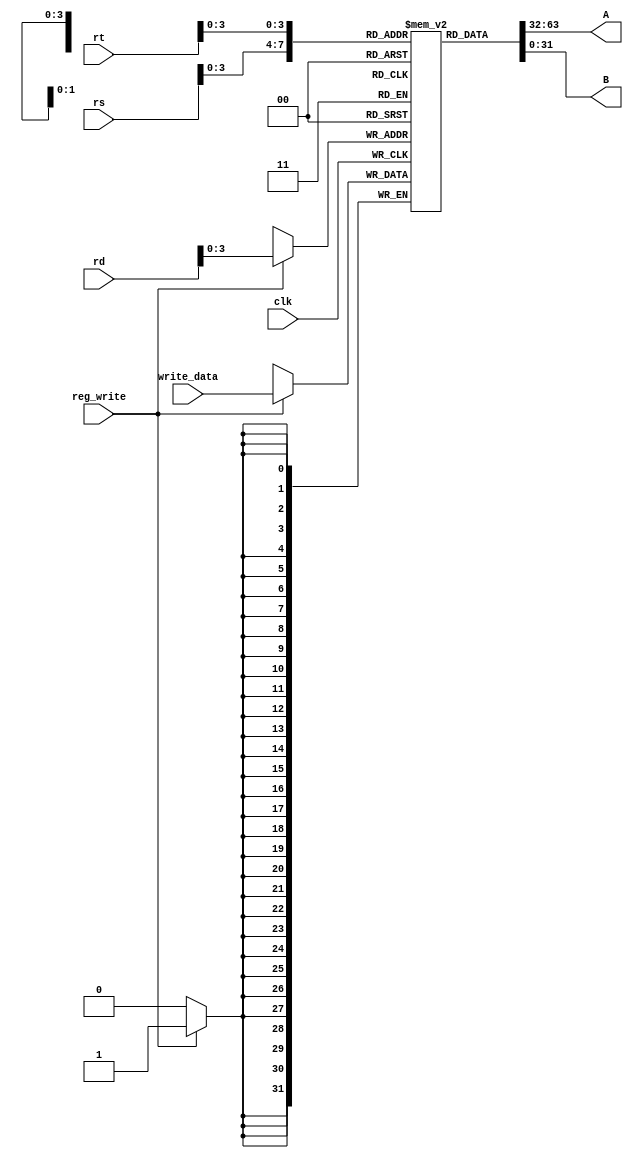
module register_file(clk, rs, rt, rd, A, B, write_data, reg_write);
input [4:0] rs, rt, rd;
input reg_write;
input [31:0] write_data;
input clk;

output reg [31:0] A, B;

reg [31:0] register [0:15]; 

initial begin
    // //initialize register file
    // reg2 = 6 reg4 = 0E311
    // reg5 = 964EB reg7 = 964DA
    // reg8 = 113E4 reg10 = 1230B

    register[2] = 32'h6;
    register[1] = 0;
    register[5] = 32'h964EB;
    register[4] = 32'h0E311;
    register[7] = 32'h964EA;
    register[8] = 32'h113D4;
    register[10] = 32'h1230B;
    register[11] = 0;
    //make others 0
    register[0] = 0;
    register[3] = 0;
    register[6] = 0;
    register[9] = 0;
    register[12] = 0;
    register[13] = 0;
    register[14] = 0;
    register[15] = 0;
end

always @ (*) begin
    A = register[rs];
    B = register[rt];
end

always @(negedge clk) begin
    if(reg_write) 
        register[rd] = write_data;
end

endmodule